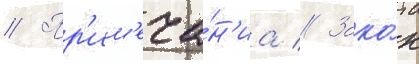
// Пр'им'еча́н'иа // Зако́н